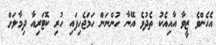
އެހެންވެ ޒީވާ އާއިއެކު ތެދުވެ އޭނާ ހުންނަން ހަމަޖެހިފައި ހުރި ކޮޓަރިއާ ދިމާލަށް